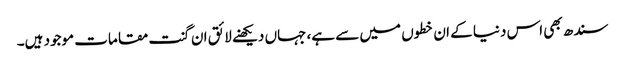
سندھ بھی اس دنیا کے ان خطوں میں سے ہے، جہاں دیکھنے لائق ان گنت مقامات موجود ہیں۔